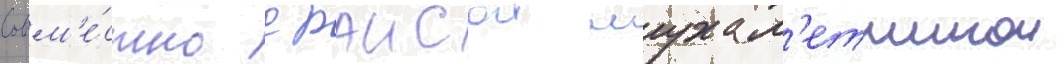
Совм'е́стно с раисои мухам'етшинои